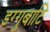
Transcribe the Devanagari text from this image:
डग्गुबाटि